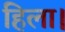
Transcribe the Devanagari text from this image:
हिला।